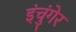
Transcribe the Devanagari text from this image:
इंचुंगेर